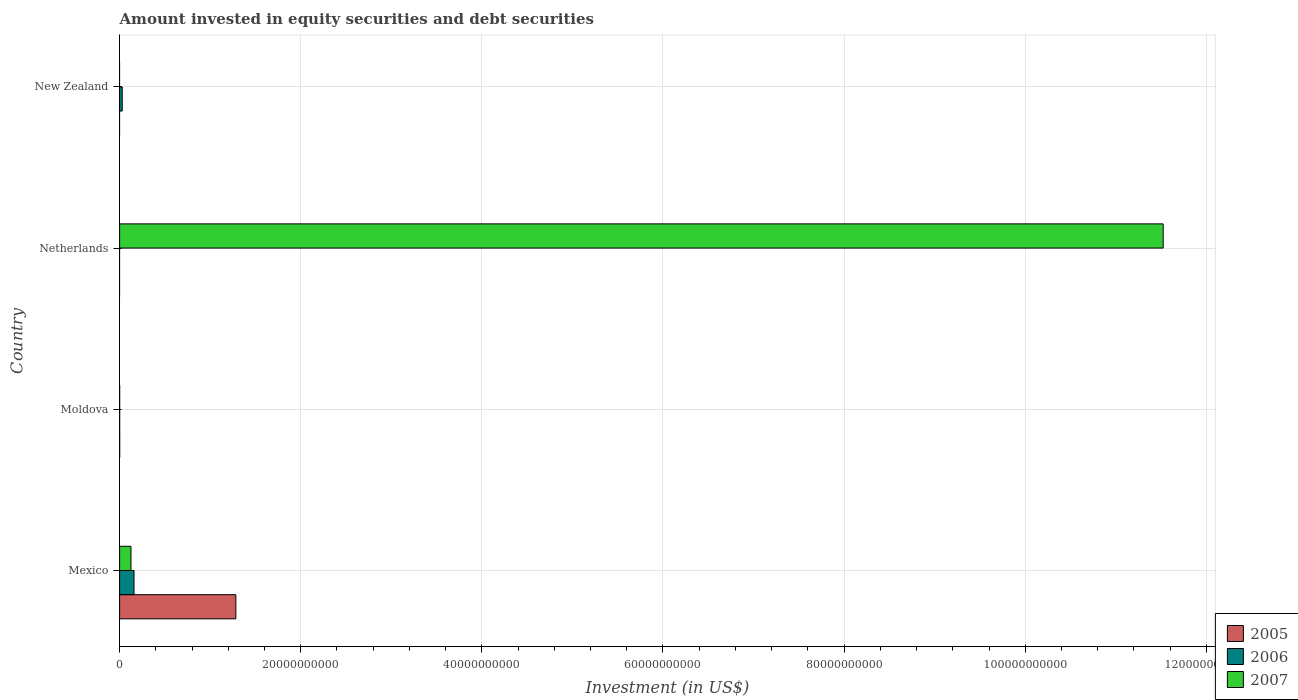
| Country | 2005 | 2006 | 2007 |
 | --- | --- | --- | --- |
 | Mexico | 1.28e+10 | 1.59e+09 | 1.26e+09 |
 | Moldova | 6.95e+06 | 4.79e+06 | 4.51e+06 |
 | Netherlands | -5.27e+10 | -8.84e+10 | 1.15e+11 |
 | New Zealand | -7.21e+07 | 2.91e+08 | -9.26e+09 |